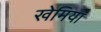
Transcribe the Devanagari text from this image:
खेमिया